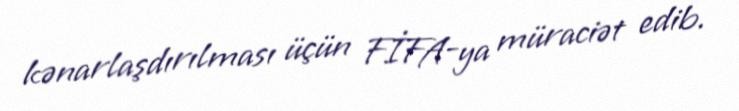
kənarlaşdırılması üçün FİFA-ya müraciət edib.